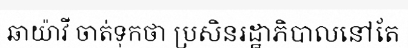
ឆាយ៉ាវី ចាត់ទុកថា ប្រសិនរដ្ឋាភិបាលនៅតែ